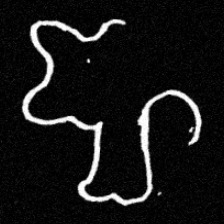
Pyu character \u2014 Myanmar letter: ဈ (romanized: jha)